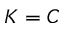
K = C